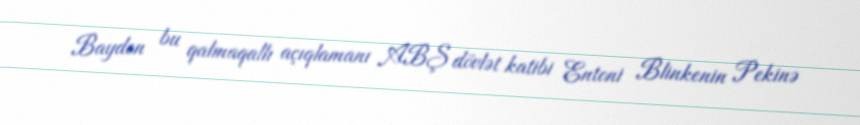
Bayden bu qalmaqallı açıqlamanı ABŞ dövlət katibi Entoni Blinkenin Pekinə